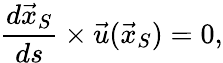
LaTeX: {\frac{d{\vec{x}}_{S}}{ds}}\times{\vec{u}}({\vec{x}}_{S})=0,